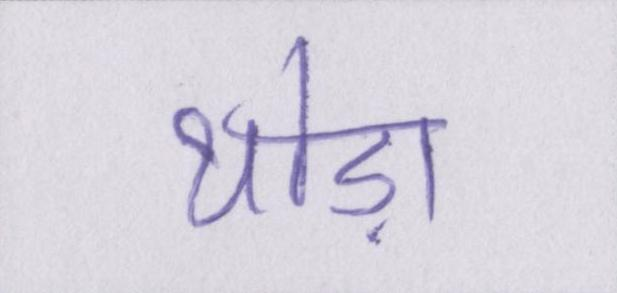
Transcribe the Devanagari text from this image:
थोड़ा